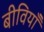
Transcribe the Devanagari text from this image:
बीवियाँ